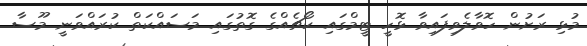
މުޅި ރަށުން ހޮވާލެވިފައިވާ ޅޮހީ ޓީމްގައި ކޯޗެއްގެ ގޮތުގައި މަސައްކަތް ކުރައްވަނީ މޫސާ